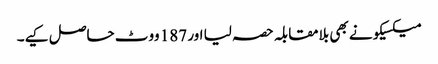
میکسیکو نے بھی بلامقابلہ حصہ لیا اور 187 ووٹ حاصل کیے۔